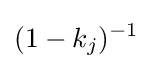
(1-k_{j})^{-1}